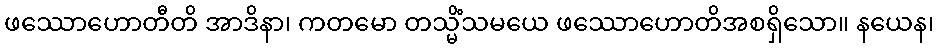
ဖဿောဟောတီတိ အာဒိနာ၊ ကတမော တသ္မိံသမယေ ဖဿောဟောတိအစရှိသော။ နယေန၊